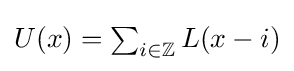
{\textstyle U(x)=\sum _{i\in \mathbb {Z} }L(x-i)}